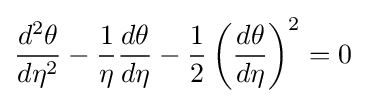
{\frac {d^{2}\theta }{d\eta ^{2}}}-{\frac {1}{\eta }}{\frac {d\theta }{d\eta }}-{\frac {1}{2}}\left({\frac {d\theta }{d\eta }}\right)^{2}=0